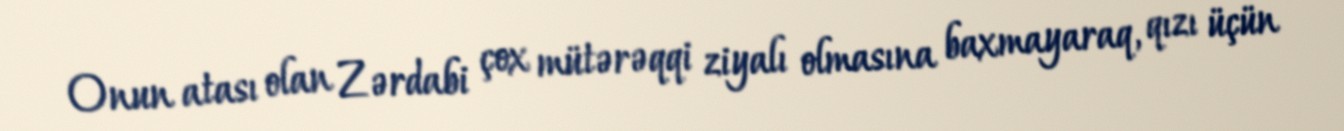
Onun atası olan Zərdabi çox mütərəqqi ziyalı olmasına baxmayaraq, qızı üçün